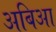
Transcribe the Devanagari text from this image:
अबिआ